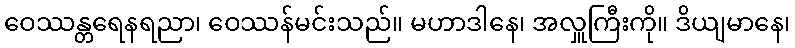
ဝေဿန္တရေနရညာ၊ ဝေဿန်မင်းသည်။ မဟာဒါနေ၊ အလှူကြီးကို။ ဒိယျမာနေ၊